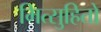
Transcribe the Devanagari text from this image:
मित्सुहितो